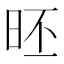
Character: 𣆏